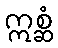
ဣစ္ဆံ